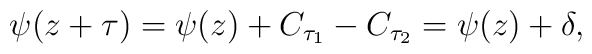
\psi(z+\tau)=\psi(z)+C_{\tau_1}-C_{\tau_2}=\psi(z)+\delta,